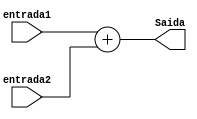
module Soma2num(entrada1,entrada2,Saida);


input wire[7:0]entrada1,entrada2;
output wire[7:0]Saida;


assign Saida = entrada1 + entrada2;


endmodule